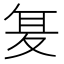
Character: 𭐥